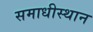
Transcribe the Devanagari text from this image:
समाधीस्थान